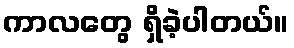
ကာလတွေ ရှိခဲ့ပါတယ်။